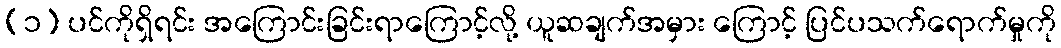
(၁) ပင်ကိုရှိရင်း အကြောင်းခြင်းရာကြောင့်လို့ ယူဆချက်အမှား ကြောင့် ပြင်ပသက်ရောက်မှုကို